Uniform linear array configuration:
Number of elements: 48
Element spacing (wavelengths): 0.5
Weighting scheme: hamming
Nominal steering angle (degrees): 60
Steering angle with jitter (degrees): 60.355
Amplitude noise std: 0.05
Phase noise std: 0.05

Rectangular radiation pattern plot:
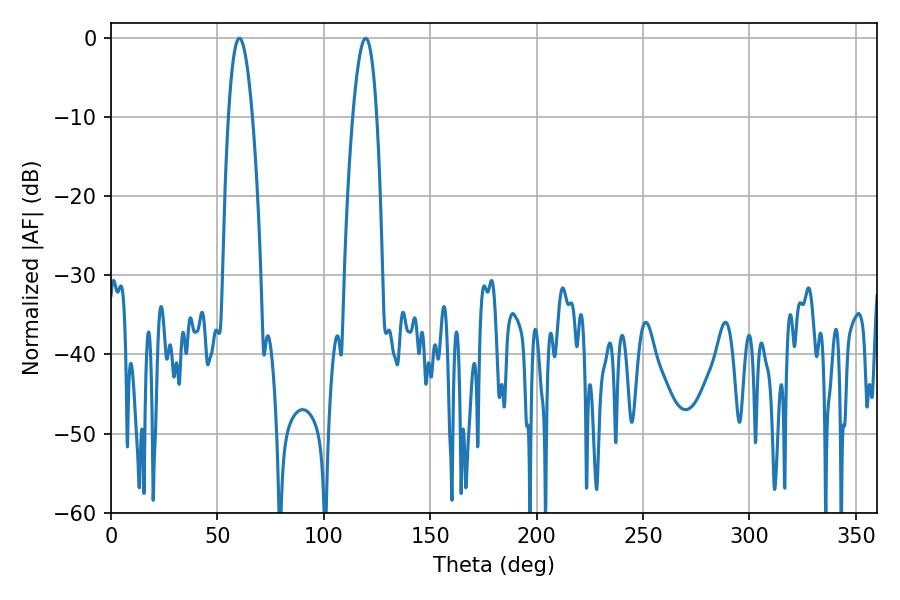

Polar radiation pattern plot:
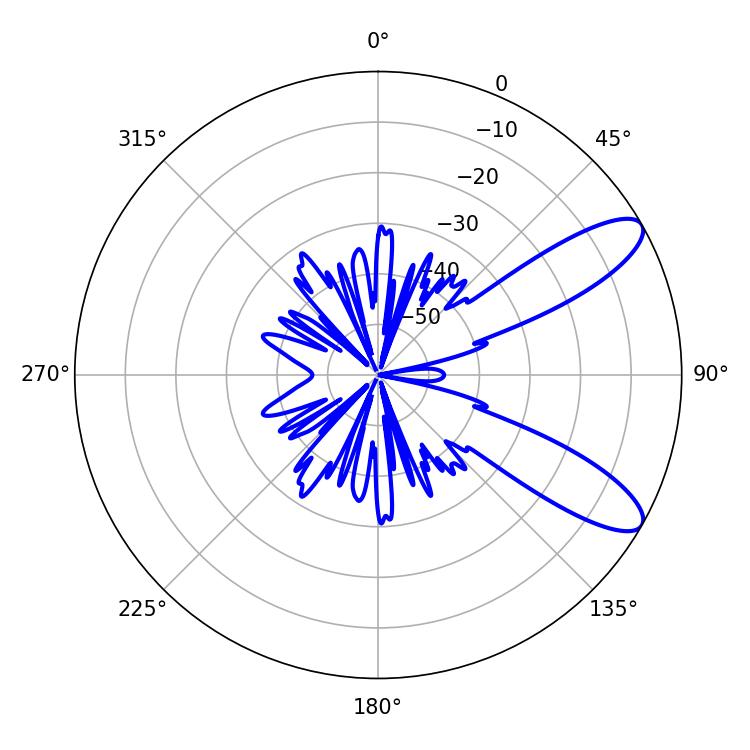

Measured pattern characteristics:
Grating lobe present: FALSE
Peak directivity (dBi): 9.93
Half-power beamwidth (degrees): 6.12
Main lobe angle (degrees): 60.3